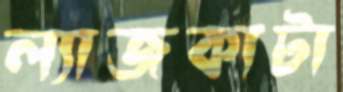
ল্যাজকাটা